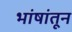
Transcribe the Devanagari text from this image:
भांषांतून